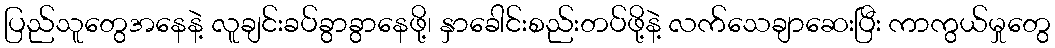
ပြည်သူတွေအနေနဲ့ လူချင်းခပ်ခွာခွာနေဖို့၊ နှာခေါင်းစည်းတပ်ဖို့နဲ့ လက်သေချာဆေးပြီး ကာကွယ်မှုတွေ